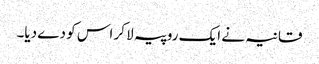
قانیہ نے ایک روپیہ لا کر اس کو دے دیا۔